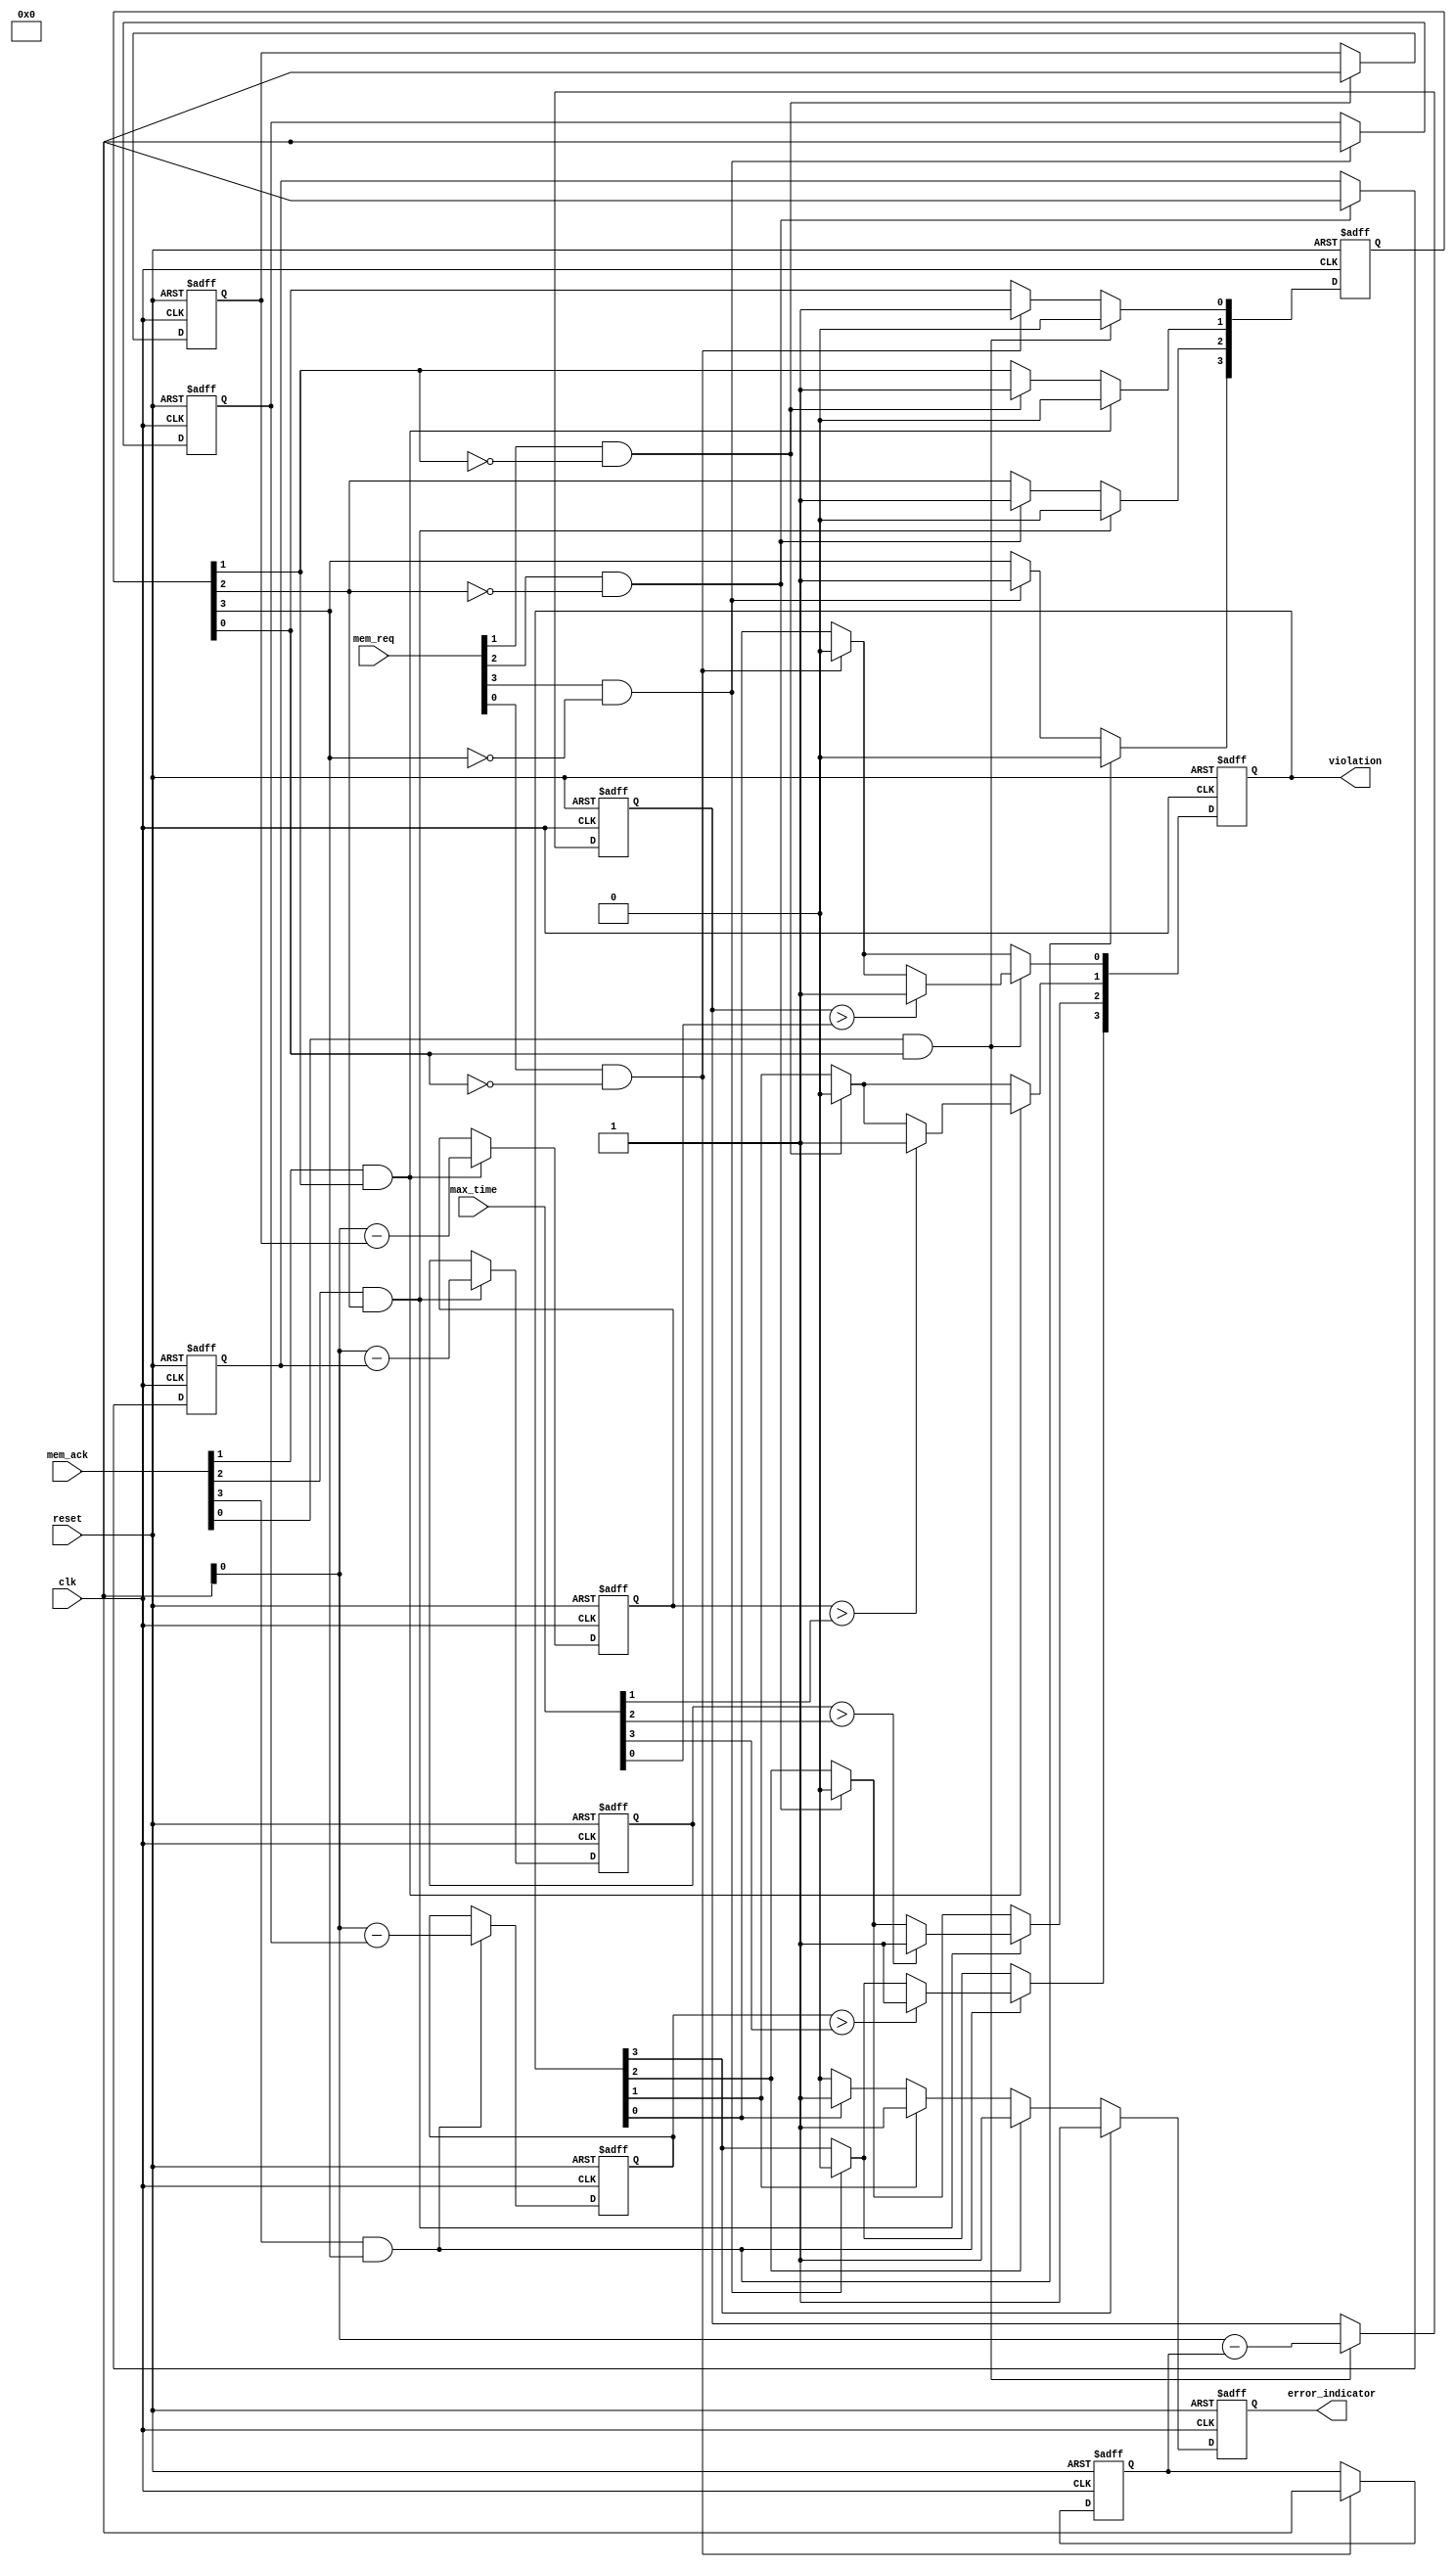
module MemoryBlocksTimeBorrowingDetector #(
    parameter NUM_BLOCKS = 4 // Number of memory blocks to monitor
) (
    input wire clk,
    input wire reset,
    input wire [NUM_BLOCKS-1:0] mem_req,
    input wire [NUM_BLOCKS-1:0] mem_ack,
    input wire [NUM_BLOCKS-1:0] max_time,
    output reg [NUM_BLOCKS-1:0] violation,
    output reg error_indicator
);

    // Registers to track access start time and duration
    reg [31:0] access_start_time [0:NUM_BLOCKS-1];
    reg [31:0] access_duration [0:NUM_BLOCKS-1];

    // State to track if the block is currently accessed
    reg [NUM_BLOCKS-1:0] accessing;

    // Initialize registers and flags
    integer i;
    always @(posedge clk or posedge reset) begin
        if (reset) begin
            for (i = 0; i < NUM_BLOCKS; i = i + 1) begin
                access_start_time[i] <= 0;
                access_duration[i] <= 0;
                violation[i] <= 0;
            end
            accessing <= 0;
            error_indicator <= 0;
        end else begin
            // Default to no violation and no error
            error_indicator <= 0;

            // Check each memory block
            for (i = 0; i < NUM_BLOCKS; i = i + 1) begin
                if (mem_req[i] && !accessing[i]) begin
                    // If a request is detected, record the start time
                    access_start_time[i] <= $time; // Record the current time
                    accessing[i] <= 1; // Set the accessing flag
                    violation[i] <= 0; // Clear violation flag
                end

                if (mem_ack[i] && accessing[i]) begin
                    // If an acknowledgment is received, calculate access duration
                    access_duration[i] <= $time - access_start_time[i];
                    accessing[i] <= 0; // Clear the accessing flag

                    // Check for violation
                    if (access_duration[i] > max_time[i]) begin
                        violation[i] <= 1; // Set violation flag
                    end
                end

                // Update error indicator if any violations are present
                if (violation[i]) begin
                    error_indicator <= 1;
                end
            end
        end
    end

endmodule